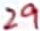
Text: 29